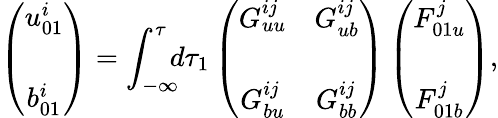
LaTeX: \left({\begin{array}{c}{u_{01}^{i}}\\ {b_{01}^{i}\rule{0ex}{5ex}}\end{array}}\right)=\int_{-\infty}^{\tau}\! \! \! d\tau_{1}\left({\begin{array}{cc}{G_{uu}^{ij}}&{G_{ub}^{ij}}\\ {G_{bu}^{ij}}&{G_{bb}^{ij}\rule{0ex}{5ex}}\end{array}}\right)\left({\begin{array}{c}{F_{01u}^{j}}\\ {F_{01b}^{j}\rule{0ex}{5ex}}\end{array}}\right),